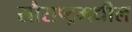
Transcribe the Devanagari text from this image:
सौराष्ट्रमधील